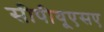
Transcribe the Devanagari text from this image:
सीपीयूएसए